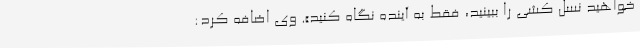
‌خواهید نسل کشی را ببینید، فقط به آینده نگاه کنید». وی اضافه کرد: